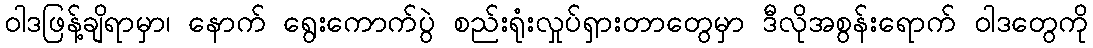
ဝါဒဖြန့်ချိရာမှာ၊ နောက် ရွေးကောက်ပွဲ စည်းရုံးလှုပ်ရှားတာတွေမှာ ဒီလိုအစွန်းရောက် ဝါဒတွေကို